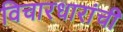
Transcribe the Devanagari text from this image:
विचारधारांची